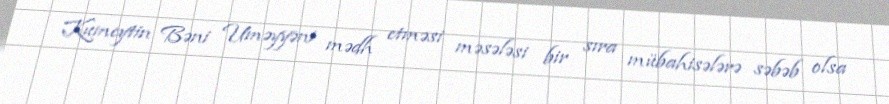
Kumeytin Bəni Uməyyəni mədh etməsi məsələsi bir sıra mübahisələrə səbəb olsa